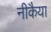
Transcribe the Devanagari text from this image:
नीकैया